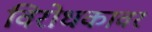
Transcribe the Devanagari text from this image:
विरोधकावर